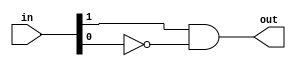
module twotoone(in,out);
 input [1:0]in;
 output out;
 
 assign out = in[1]&(~in[0]);
 
 endmodule